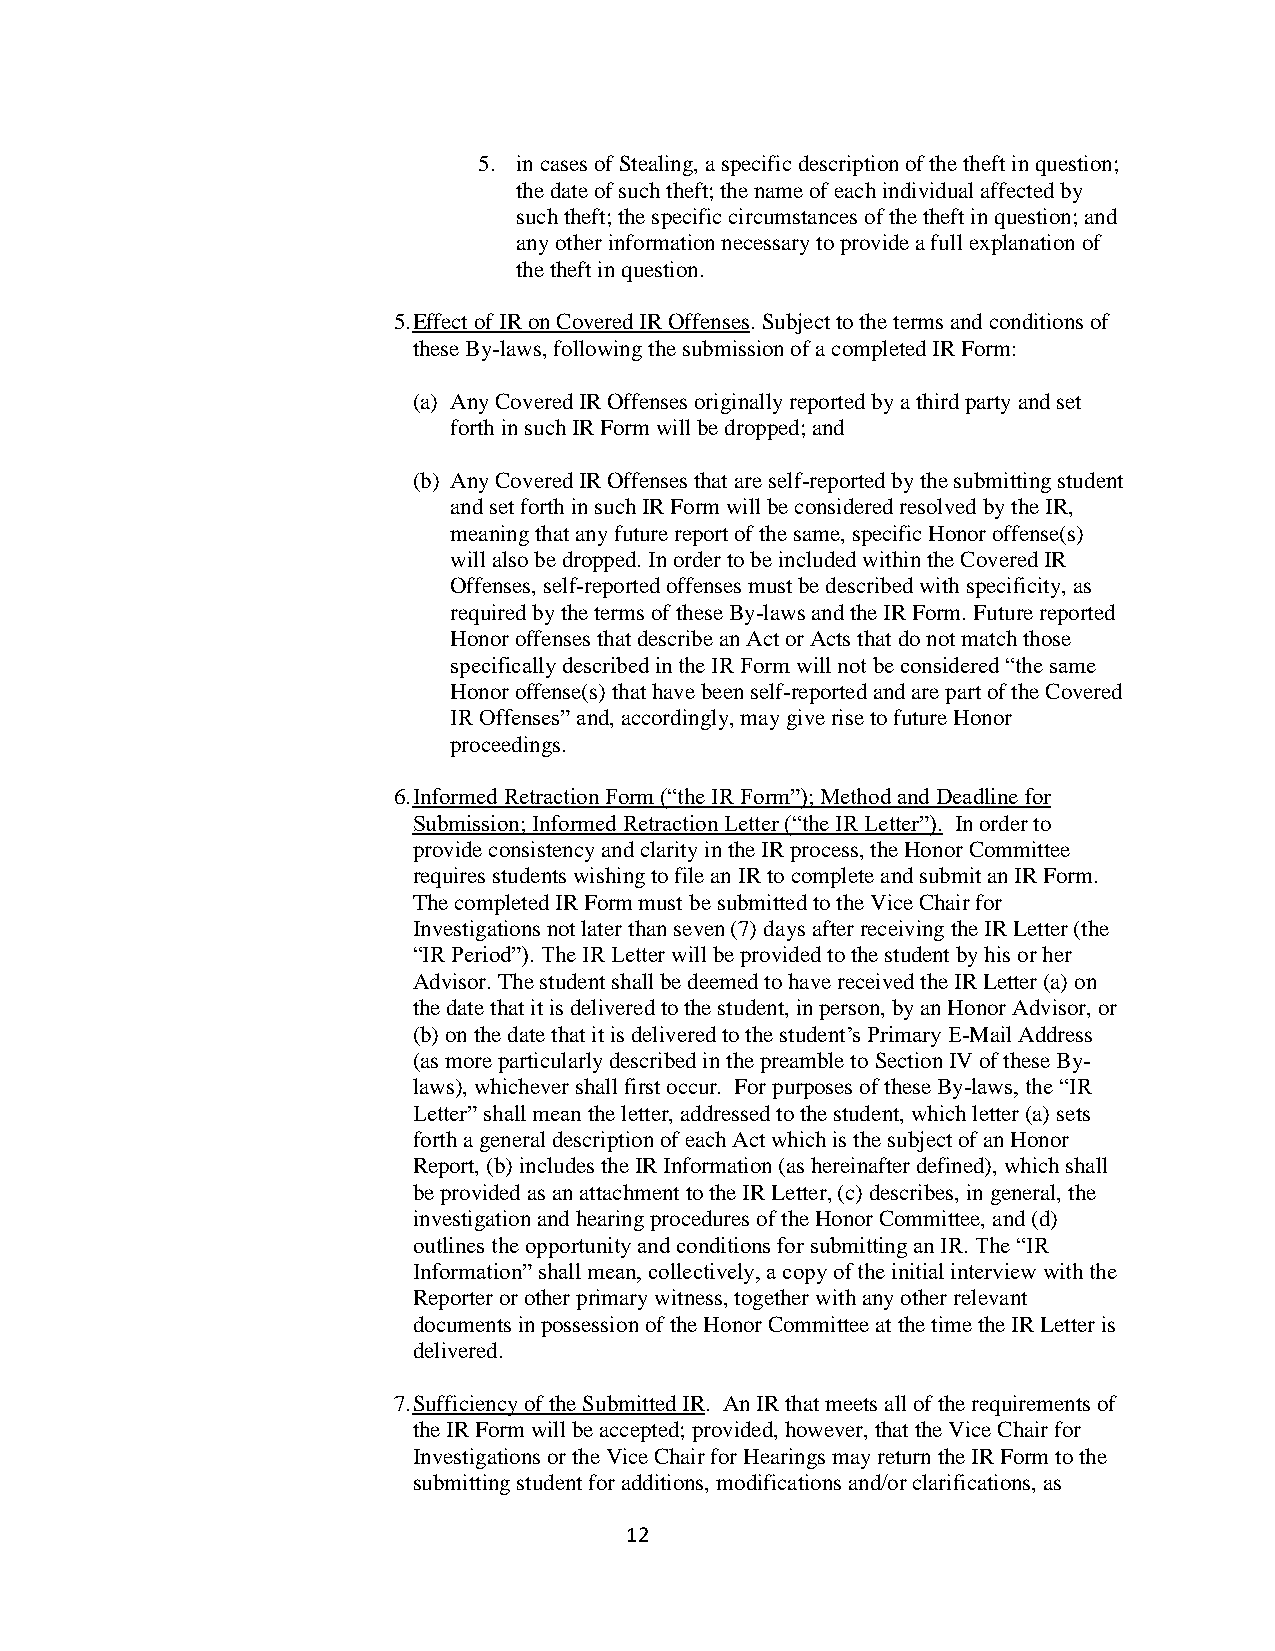
5. in cases of Stealing, a specific description of the theft in question;
 the date of such theft; the name of each individual affected by
 such theft; the specific circumstances of the theft in question; and
 any other information necessary to provide a full explanation of
 the theft in question.
 5. Effect of IR on Covered IR Offenses. Subject to the terms and conditions of
 these By-laws, following the submission of a completed IR Form:
 (a) Any Covered IR Offenses originally reported by a third party and set
 forth in such IR Form will be dropped; and
 (b) Any Covered IR Offenses that are self-reported by the submitting student
 and set forth in such IR Form will be considered resolved by the IR,
 meaning that any future report of the same, specific Honor offense(s)
 will also be dropped. In order to be included within the Covered IR
 Offenses, self-reported offenses must be described with specificity, as
 required by the terms of these By-laws and the IR Form. Future reported
 Honor offenses that describe an Act or Acts that do not match those
 specifically described in the IR Form will not be considered “the same
 Honor offense(s) that have been self-reported and are part of the Covered
 IR Offenses” and, accordingly, may give rise to future Honor
 proceedings.
 6. Informed Retraction Form (“the IR Form”); Method and Deadline for
 Submission; Informed Retraction Letter (“the IR Letter”). In order to
 provide consistency and clarity in the IR process, the Honor Committee
 requires students wishing to file an IR to complete and submit an IR Form.
 The completed IR Form must be submitted to the Vice Chair for
 Investigations not later than seven (7) days after receiving the IR Letter (the
 “IR Period”). The IR Letter will be provided to the student by his or her
 Advisor. The student shall be deemed to have received the IR Letter (a) on
 the date that it is delivered to the student, in person, by an Honor Advisor, or
 (b) on the date that it is delivered to the student’s Primary E-Mail Address
 (as more particularly described in the preamble to Section IV of these By-
 laws), whichever shall first occur. For purposes of these By-laws, the “IR
 Letter” shall mean the letter, addressed to the student, which letter (a) sets
 forth a general description of each Act which is the subject of an Honor
 Report, (b) includes the IR Information (as hereinafter defined), which shall
 be provided as an attachment to the IR Letter, (c) describes, in general, the
 investigation and hearing procedures of the Honor Committee, and (d)
 outlines the opportunity and conditions for submitting an IR. The “IR
 Information” shall mean, collectively, a copy of the initial interview with the
 Reporter or other primary witness, together with any other relevant
 documents in possession of the Honor Committee at the time the IR Letter is
 delivered.
 7. Sufficiency of the Submitted IR. An IR that meets all of the requirements of
 the IR Form will be accepted; provided, however, that the Vice Chair for
 Investigations or the Vice Chair for Hearings may return the IR Form to the
 submitting student for additions, modifications and/or clarifications, as
 12